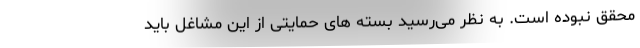
محقق نبوده است. به نظر می‌رسید بسته های حمایتی از این مشاغل باید